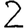
Digit: 2